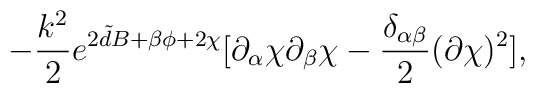
-\frac{k^{2}}{2} e^{2{\tilde d}B+\beta\phi+2\chi}[\partial_{\alpha} \chi\partial_{\beta} \chi  -\frac{\delta_{\alpha\beta}}{2}(\partial \chi)^{2}],